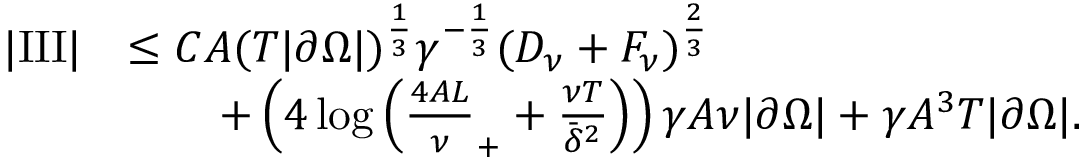
\begin{array} { r l } { | \mathrm { I I I } | } & { \le C A ( T | \partial \Omega | ) ^ { \frac 1 3 } \gamma ^ { - \frac 1 3 } ( D _ { \nu } + F _ { \nu } ) ^ { \frac 2 3 } } \\ & { \qquad + \left( 4 \log \left( \frac { 4 A L } \nu _ { + } + \frac { \nu T } { \bar { \delta } ^ { 2 } } \right) \right) \gamma A \nu | \partial \Omega | + \gamma A ^ { 3 } T | \partial \Omega | . } \end{array}